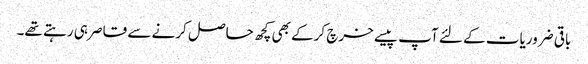
باقی ضروریات کے لئے آپ پیسے خرچ کرکے بھی کچھ حاصل کرنے سے قاصر ہی رہتے تھے۔